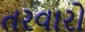
તરવારો